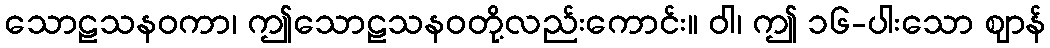
သောဠသနဝကာ၊ ဤသောဠသနဝတို့လည်းကောင်း။ ဝါ၊ ဤ ၁၆-ပါးသော ဈာန်